Annual report of the Civil Veterinary Department, Bengal, for the year 1896-97 - 1896-1897
Year: 1896
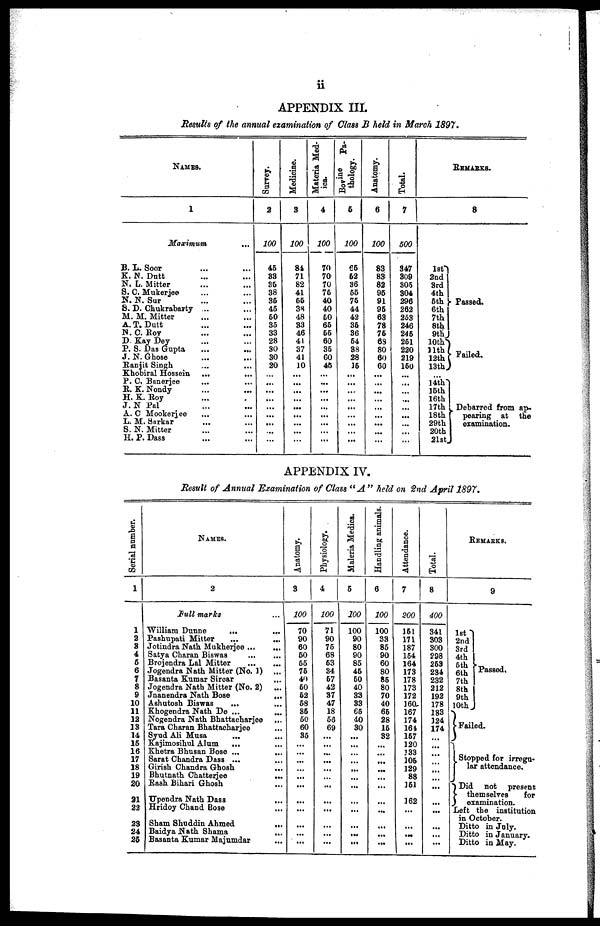
ii
APPENDIX III.
Results of the annual examination of Class B held in March 1897.
NAMES.
1
Maximum
...
B. L. Soor ... ...
K. N. Dutt ... ...
N. L. Mitter ... ...
S. C. Mukerjee ... ...
N. N. Sur ... ...
S. D. Chukrabarty ... ...
M. M. Mitter ... ...
A. T. Dutt ... ...
N. C. Roy ... ...
D Kay Dey ... ...
P. S. Das Gupta ... ...
J. N. Ghose ... ...
Ranjit Singh ... ...
Khobiral Hossein ...
...
P. C. Banerjee ... ...
R. K. Nondy ... ...
H. K. Roy ... ...
J. N Pal ... ...
A. C Mookerjee ... ...
L. M. Sarkar ... ...
S. N. Mitter ... ...
H. P. Dass ... ...
Survey.
2
100
45
33
35
38
36
45
60
35
33
28
30
30
20
...
...
...
...
...
...
...
...
...
Medicine.
3
100
84
71
82
41
66
38
48
33
46
41
37
41
10
...
...
...
...
...
...
...
...
Materia Med-
ica.
4
100
70
70
70
76
40
40
60
66
66
60
36
60
4ft
...
...
...
...
...
...
...
...
...
Bovine
Pa-
thology.
6
100
€6
62
36
66
76
44
42
36
36
64
38
28
16
...
...
...
...
...
...
...
...
...
Anatomy.
6
100
83
83
82
95
91
95
63
78
76
63
80
60
60
...
...
...
...
...
...
...
...
...
Total.
7
500
347
309
305
304
296
262
253
246
246
261
220
219
160
...
...
...
...
...
...
...
...
...
1st
2nd
3rd
4th
6th
6th
7th
8th
9th
10th
11th
12th
13th
...
14th
15th
16th
17th
18th
29th
20th
21st
REMARKS.
8
Passed.
Failed.
Debarred from ap-
pearing at the
examination.
APPENDIX IV.
Result of Annual Examination of Class "A" held on 2nd April 1897.
Serial number.
1
1
2
3
4
6
6
7
8
9
10
11
12
13
14
15
16
17
18
19
20
21
22
23
24
25
NAMES.
2
Full marks ...
William Dunne
...
...
Pashupati Mitter
...
...
Jotindra Nath Mukherjee ... ...
Satya Charan Biswas ... ...
Brojendra Lal Mitter
...
...
Jogendra Nath Mitter (No. 1) ...
Basanta Kumar Sircar ... ...
Jogendra Nath Mitter (No. 2) ...
Jnanendra Nath Bose
...
...
Ashutosh Biswas
... ...
Khogendra Nath De ... ...
Nogendra Nath Bhattacharjee
...
Tara Charan Bhattacharjee ...
Syud Ali Musa ... ...
Kajimosihul Alum
... ...
Khetra Bhusan Bose ... ...
Sarat Chandra Dass ... ...
Girish Chandra Ghosh ...
Bhutnath Chatterjee
...
Rash Bihari Ghosh ...
Upendra Nath Dass ...
Hridoy Chand Bose ...
Sham Shuddin Ahmed
...
Baidya Nath Shama ...
Basanta Kumar Majumdar ...
Anatomy.
3
100
70
90
60
60
55
76
40
60
62
58
36
50
60
35
...
...
...
...
...
...
...
...
...
...
...
Physiology.
4
100
71
90
75
68
63
34
67
42
37
47
18
56
69
...
...
...
...
...
...
...
...
...
...
...
...
Maleria Medica.
5
100
100
90
80
90
85
46
60
40
33
33
65
40
30
...
...
...
...
...
...
...
...
...
...
...
...
Handling animals.
6
100
100
33
85
90
60
80
85
80
70
40
65
28
16
32
...
...
...
...
...
...
...
...
...
...
...
Attendance.
7
200
151
171
187
154
164
173
178
173
172
160
167
174
164
167
120
133
106
129
88
161
162
...
...
...
...
Total.
8
400
341
303
300
298
259
234
232
212
192
178
183
124
174
...
...
...
...
...
...
...
...
...
...
...
...
REMARKS.
1st
2nd
3rd
4th
5th
6th
7th
8th
9th
10th
9
Passed.
Failed.
Stopped for irregu-
lar attendance.
Did not present
themselves
for
examination.
Left the institution
in October.
Ditto in July.
Ditto in January.
Ditto in May.